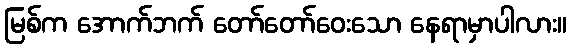
မြစ်က အောက်ဘက် တော်တော်ဝေးသော နေရာမှာပါလား။